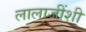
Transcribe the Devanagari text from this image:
लालाजींशी